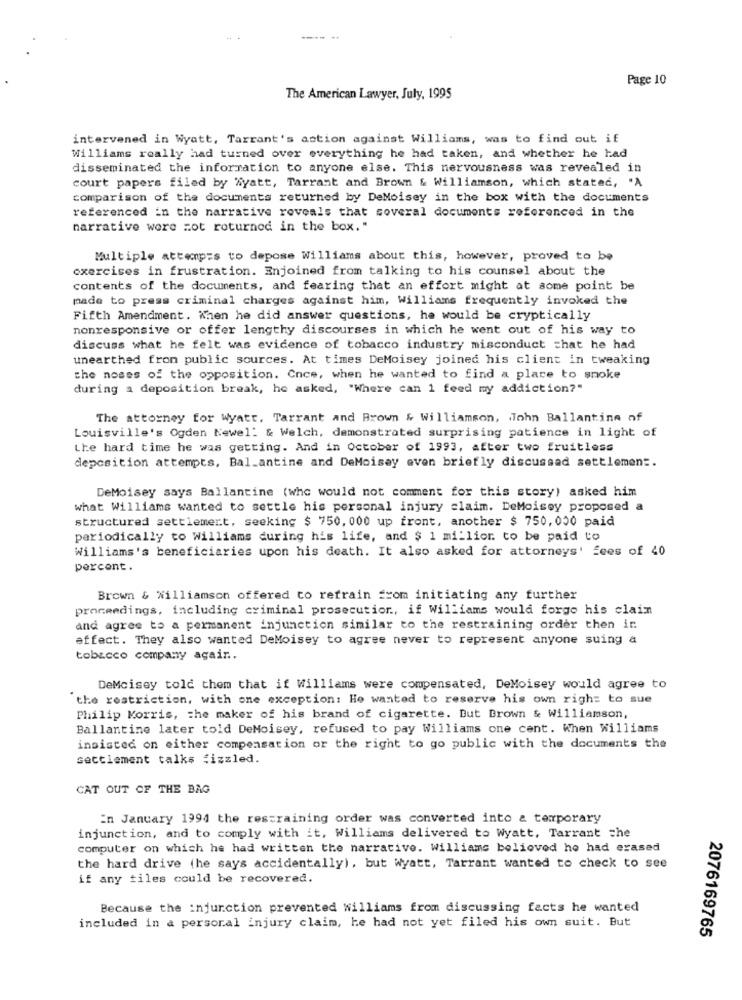
Page 10
The American Lawyer, July, 1995
intervened in Wyatt, Tarrant's action against Williams, was to find out if
Williams really had turned over everything he had taken, and whether he had
disseminated the information to anyone else. This nervousness was revealed in
court papers filed by Wyatt, Tarrant and Brown & Williamson, which stated, "A
comparison of the documents returned by DeMoisey in the box with the documents
referenced in the narrative reveals that soveral documents referenced in the
narrative were zot roturned in the box."
Multiple attemp=s to depose Williams about this, however, proved to be
exercises in frustration. Enjoined from talking to his counsel about the
contents of the documents, and fearing that an effort might at some point be
made to press criminal charges against him, Williams frequently invoked the
Fifth Amendment. When he did answer questions, he would be cryptically
nonresponsive or offer lengthy discourses in which he went out of his way to
discuss what he felt was evidence of tobacco industry misconduct chat he had
unearthed from public sources. At times DeMoisey joined his client in tweaking
the noses of the opposition. Once, when he wanted to find a place to smoke
during a deposition break, he asked, "Where can 1 feed my addiction?"
The attorney for Wyatt, Tarrant and Brown & Williamson, John Ballantine of
Louisville's Ogden Newel: & Welch, demonstrated surprising patience in light of
the hard time he was getting. And in October of 1993, after two fruitless
deposition attempts, Bal_antine and DeMoisay even briefly discussad settlement.
DeMoisey says Ballantine (who would not comment for this story) asked him
what Williams wanted to settle his personal injury claim. DeMoisey proposed a
structured settlemert, seeking $ 750, 000 up front, another $ 750, 000 paid
periodically to Williams during his life, and $ 1 million. to be paid to
Williams's beneficiaries upon his death. It also asked for attorneys' fees of 40
percent.
Brown & Williamson offered to refrain from initiating any further
proceedings, including criminal prosecution ., if Williams would forgo his clain
and agree to a permanent injunction similar to the restraining order then in
effect. They also wanted DeMoisey to agree never to represent anyone suing a
tobacco company again ..
DeMcisey told them that if Williams were compensated, DeMoisey would agree to
the restriction, with one exception: He wanted to reserve his own right to sue
Philip Morris, the maker of his brand of cigarette. But Brown & Williamson,
Ballantine later told DeMoisey, refused to pay Williams one cent. When Williams
insisted on either compensation or the right to go public with the documents the
settlement talks fizzled.
CAT OUT OF THE BAG
in January 1994 the restraining order was converted into & temporary
injunction, and to comply with it, Williams delivered to Wyatt, Tarrant che
computer on which he had written the narrative. Williams believed he had erased
the hard drive (he says accidentally), but wyatt, Tarrant wanted to check to see
if any files could be recovered.
Because the injunction prevented williams from discussing facts he wanted
included in a personal injury claim, he had not yet filed his own suit. But
2076169765